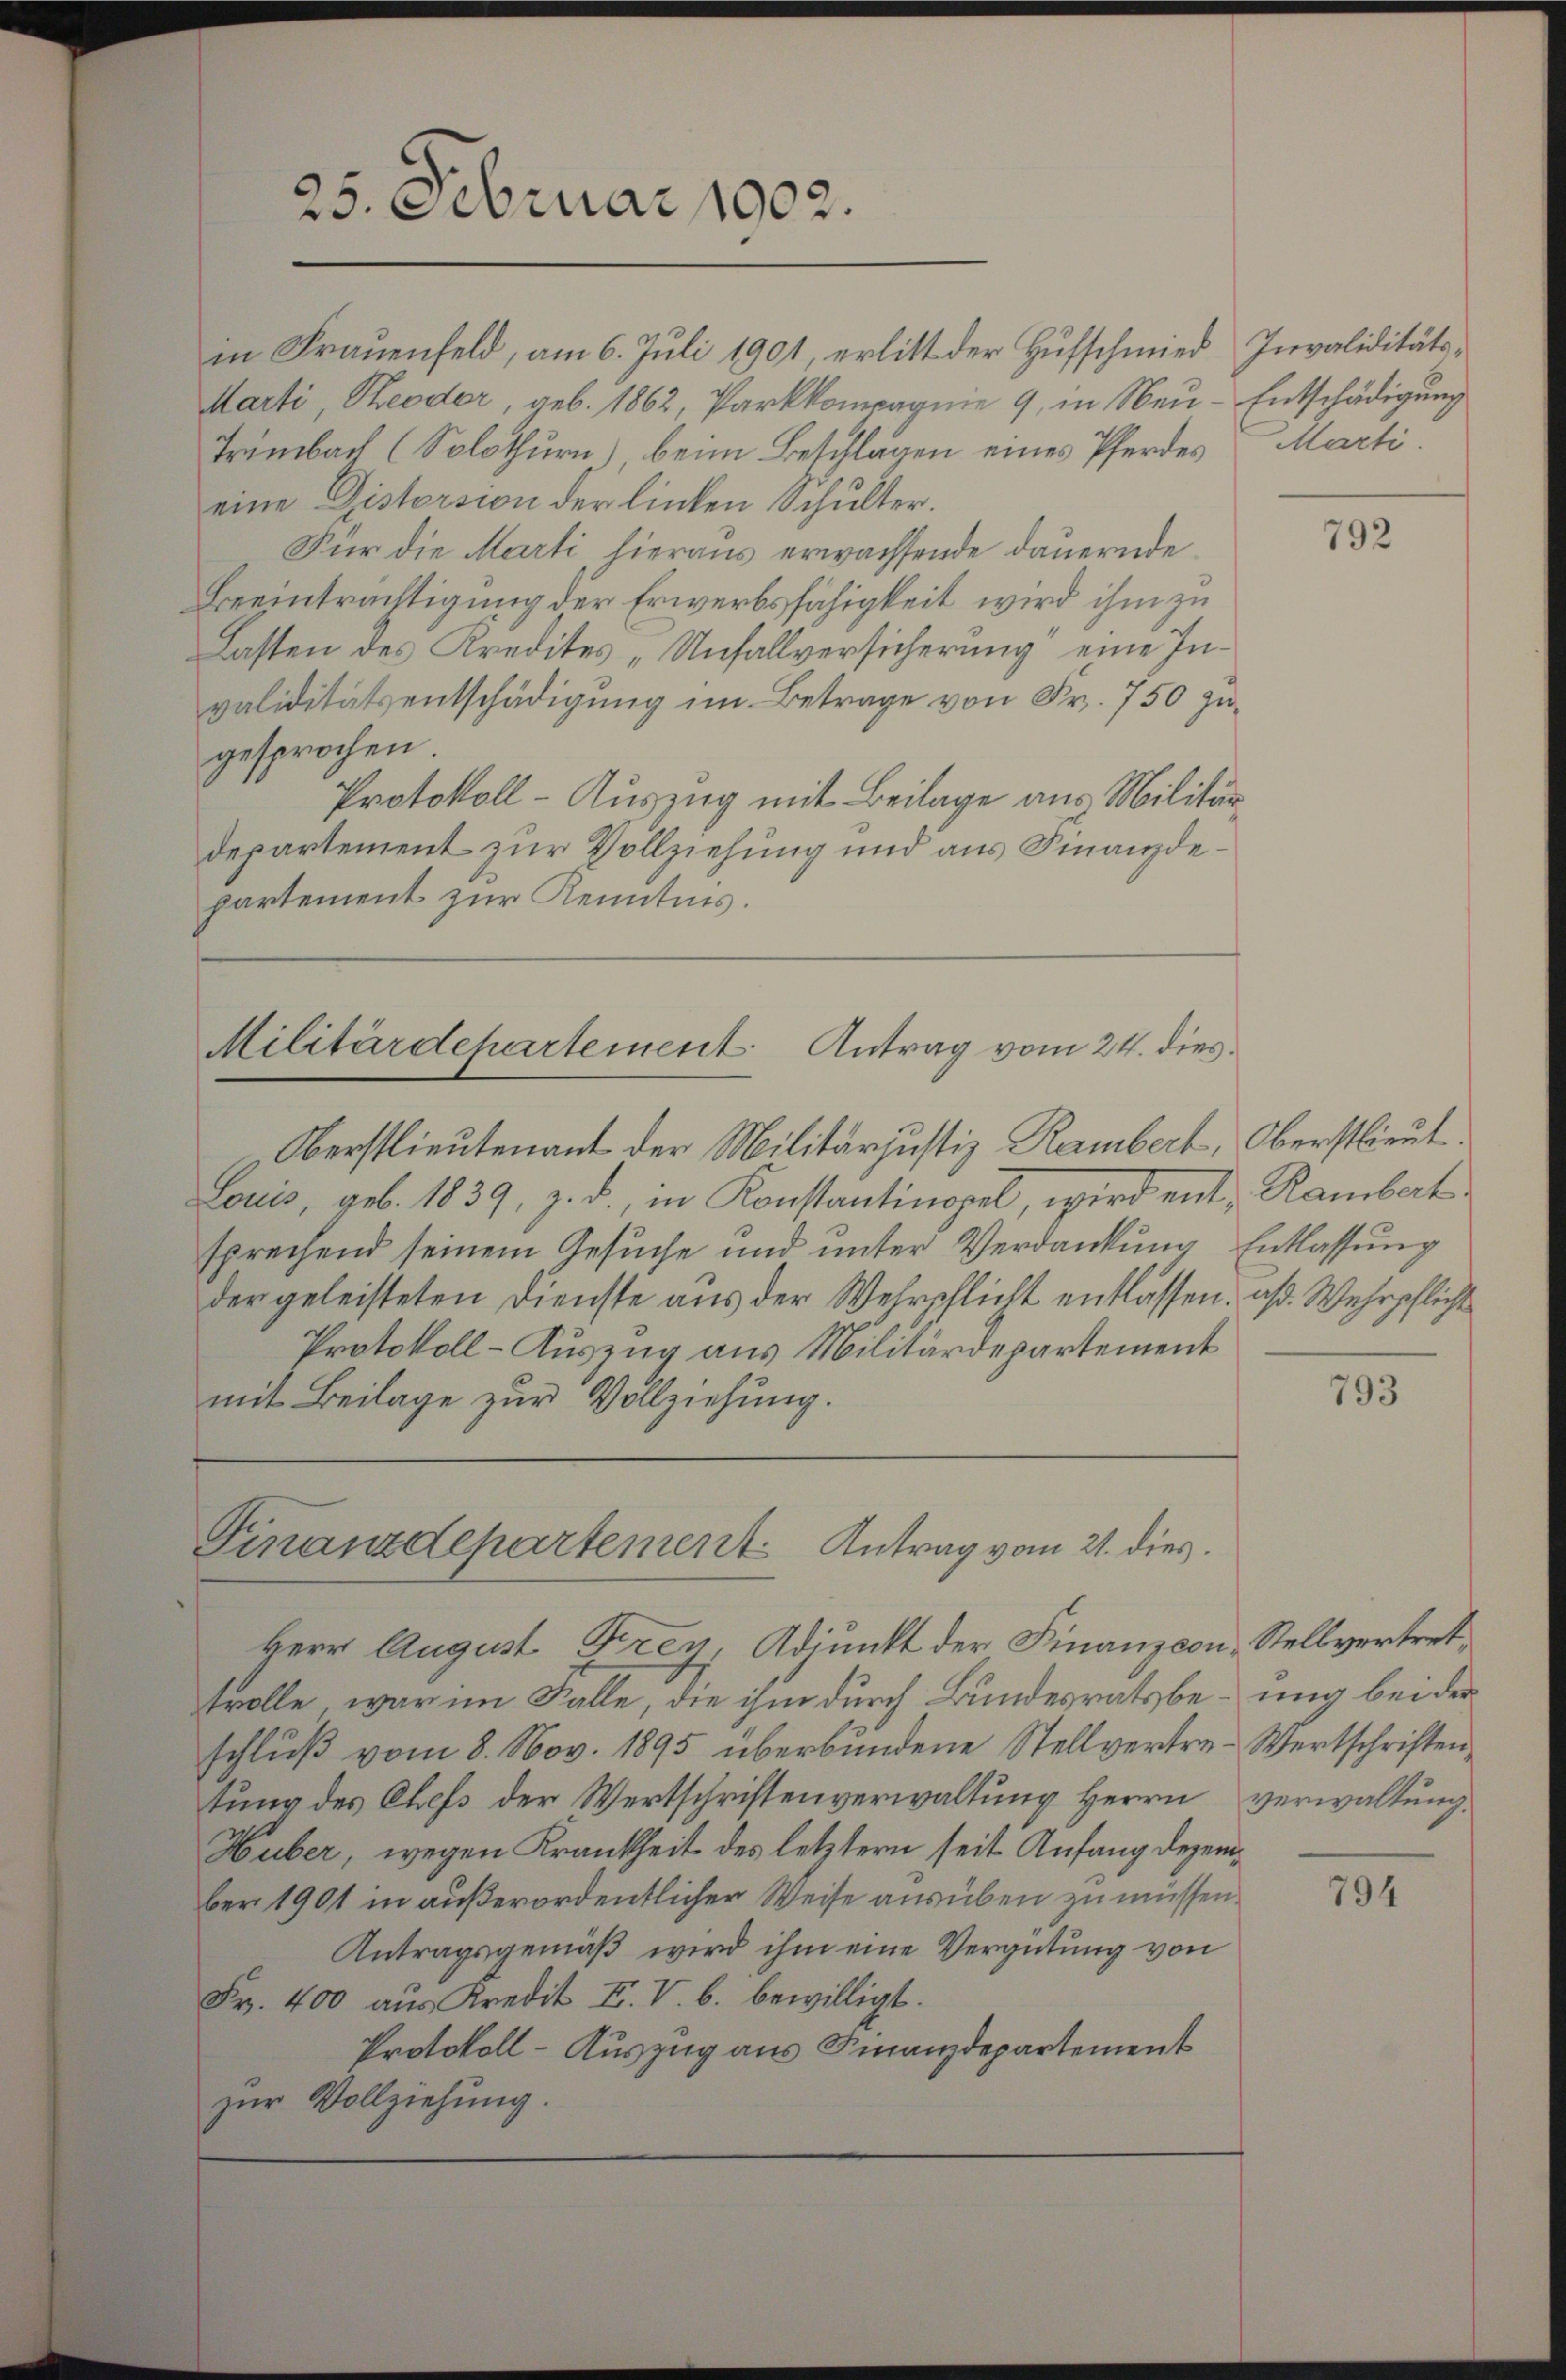
25. Februar 1902.

in Frauenfeld, am 6. Juli 1901, erlitt der Hufschmied Invaliditäts¬
Marti, eoder, geb. 1862, Parkkompagnie 9, in Neu- Entschädigung
Trümbach (Solothurn), beim Beschlagen eines Pferdes Marti.
eine Gistorsion der linken Schulter.
Für die Marti hieraus erwachsende dauernde
Beeinträchtigung der Erwerbsfähigkeit wird ihm zu
Lasten des Kredites „Unfallversicherung“ eine Invaliditätsentschädigung im Betrage von Fr. 750 zu
gesprochen.
Protokoll-Auszug mit Beilage aus Militär
departement zur Vollziehung und aus Finanzdepartement zur Kenntnis.

Militärdepartement Antrag vom 24. dies

Oberstlieutenant der Militärjustiz Rambert, Oberstlieut
Louis, geb. 1839, z. B., in Konstantinopel, wird ent- Rambert
sprechend seinem Gesuche und unter Verdankŭng Entlassŭng
der geleisteten Dienste aus der Wehrschlicht entlassen, aß Wehrpflicht
Protokoll-Auszug aus Militärdepartement
mit Beilage zur Vollziehung.

Finanzdepartement Antrag vom 21. dies
Herr August Frey, Adjunkt der Finanzcon Stellvertret¬

trolle, war im Falle, die ihm durch Bundesratsbe- ung bei der
schlŭβ vom 8. Nov. 1895 überbundene Stellvertre-Wertschriften,
tung des Chefs der Wertschriftenverwaltung Herrn verwaltung
Huber, wegen Krankheit des letztern seit Anfang dezember 1901 in außerordentlicher Weise ausüben zu müssen.
Antragsgemäß wird ihm eine Vergütung von
Fr. 400 aus Kredit F. V. b. bewilligt.
Protokoll-Auszug aus Finanzdepartement
zŭr Vollziehung.

792

793

794